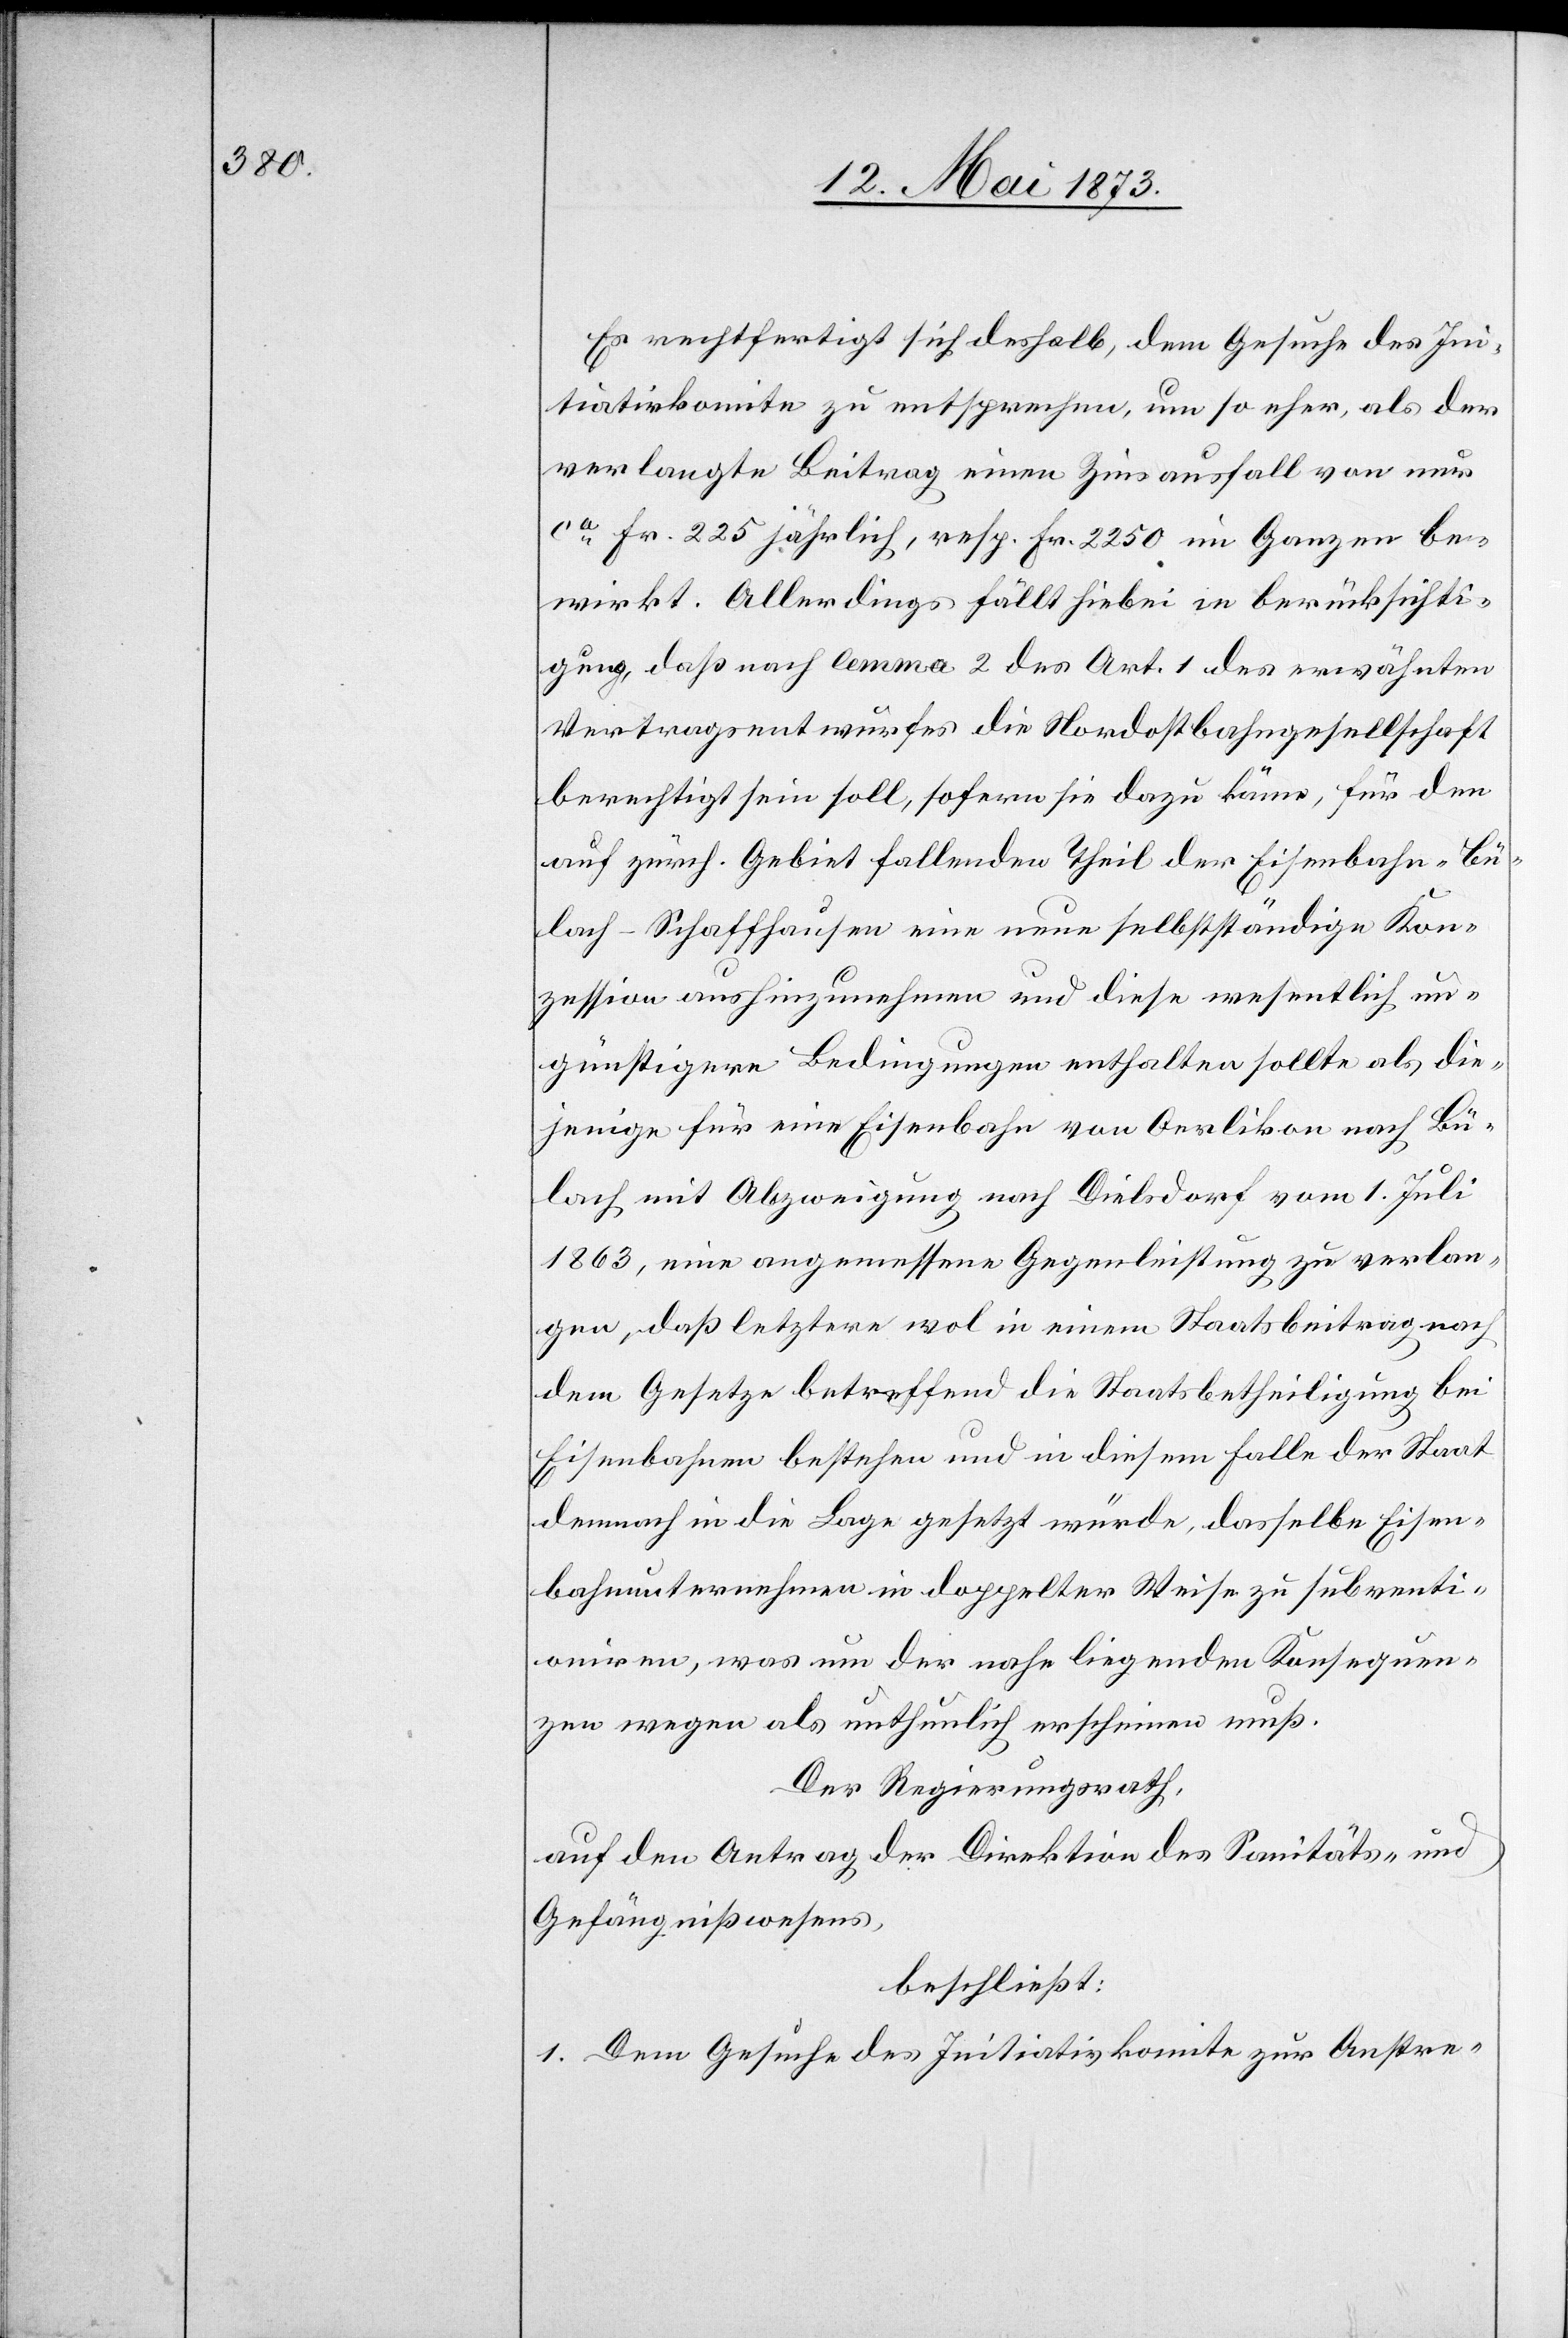
Es rechtfertigt sich deshalb, dem Gesuche des Ini¬
tiativkomite zu entsprechen, um so eher, als der
verlangte Beitrag einen Zinsausfall von nur
ca Fr. 225 jährlich, resp. Fr. 2 250 im Ganzen be¬
wirkt. Allerdings fällt hiebei in Berücksichti¬
gung, daß nach lemma 2 des Art. 1 des erwähnten
Vertragsentwurfes die Nordostbahngesellschaft
berechtigt sein soll, sofern sie dazu käme, für den
auf zürch. Gebiet fallenden Theil der Eisenbahn Bü¬
lach–Schaffhausen eine neue selbstständige Kon¬
zession aushinzunehmen und diese wesentlich un¬
günstigere Bedingungen enthalten sollte als die¬
jenige für eine Eisenbahn von Oerlikon nach Bü¬
lach mit Abzweigung nach Dielsdorf vom 1. Juli
1863, eine angemessene Gegenleistung zu verlan¬
gen, daß letztere wol in einem Staatsbeitrag nach
dem Gesetze betreffend die Staatsbetheiligung bei
Eisenbahnen bestehen und in diesem Falle der Staat
demnach in die Lage gesetzt würde, dasselbe Eisen¬
bahnunternehmen in doppelter Weise zu subventi¬
oniren, was um der nahe liegenden Konsequen¬
zen wegen als unthunlich erscheinen muß.
Der Regierungsrath,
auf den Antrag der Direktion des Sanitäts- und
Gefängnißwesens,
beschließt:
1. Dem Gesuche des Initiativkomite zur Anstre-